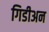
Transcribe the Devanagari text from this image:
गिडीअन